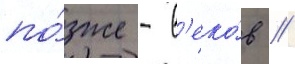
по́зже - в'еко́в //